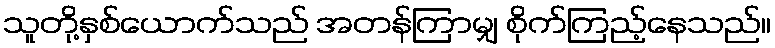
သူတို့နှစ်ယောက်သည် အတန်ကြာမျှ စိုက်ကြည့်နေသည်။